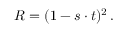
R = ( 1 - s \cdot t ) ^ { 2 } \, .